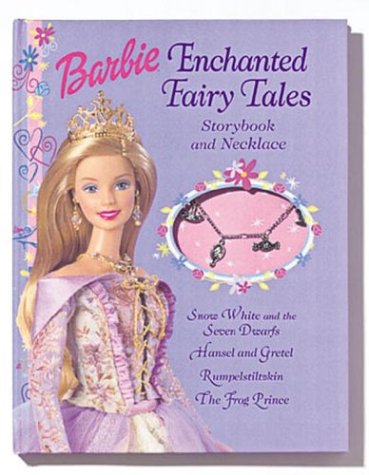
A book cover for Enchanted Fairy Tales Storybook and Gemstone Necklace (Barbie); Jill Goldowsky; Children's Books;